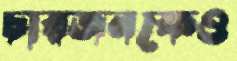
চারজনকেও